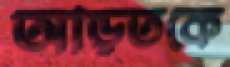
আড়তকে